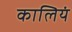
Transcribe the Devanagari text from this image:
कालियं